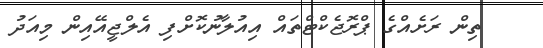
ތިން ރަށެއްގެ ޕްރޮޖެކްޓްތައް އިއުލާނުކޮށްފި އެލްޖީއޭއިން މިއަދު